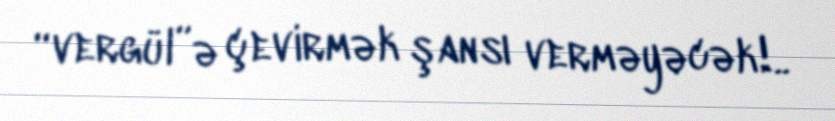
“vergül”ə çevirmək şansı verməyəcək!..